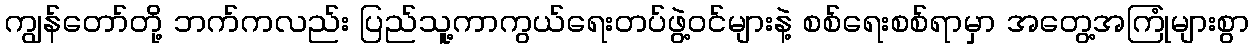
ကျွန်တော်တို့ ဘက်ကလည်း ပြည်သူ့ကာကွယ်ရေးတပ်ဖွဲ့ဝင်များနဲ့ စစ်ရေးစစ်ရာမှာ အတွေ့အကြုံများစွာ